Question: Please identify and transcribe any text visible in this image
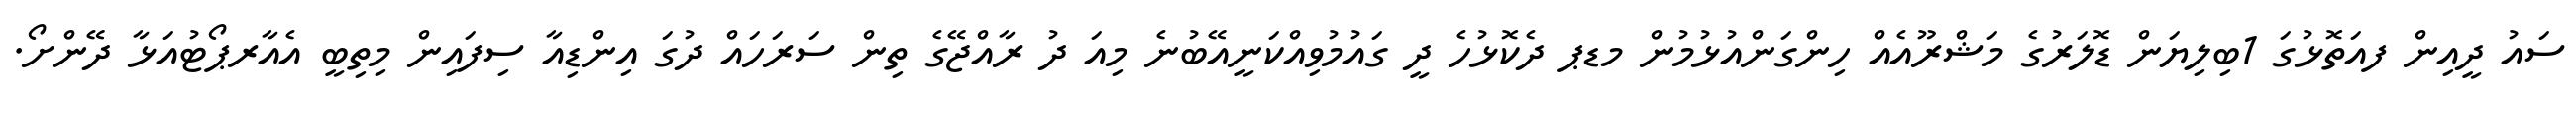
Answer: ސައު ދީއިން ފއަތޮޅުގަ 1ބިލިޔަން ޑޮލަރުގެ މަޝްރޫއެއް ހިންގަންއުޅުމުން މޑޕ ދެކޮޅުހެ ދީ ގައުމުވިއްކަނީއޭބުނެ މިއަ ދު ރާއްޖޭގެ ތިން ސަރަހައް ދުގަ އިންޑިއާ ސިފައިން މިތިބީ އެއާރޕޯޓުއަޅާ ދޭންށޯ.